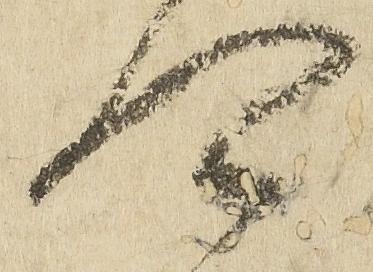
可